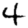
Digit: 4